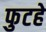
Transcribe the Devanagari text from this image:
फुटहे